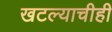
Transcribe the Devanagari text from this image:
खटल्याचीही